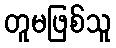
တူမဖြစ်သူ